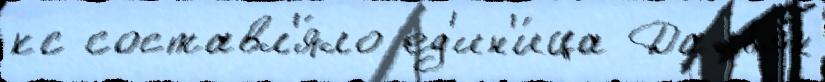
кс составл'я́ло ед'ин'и́ца Дальян